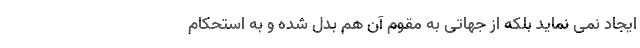
ایجاد نمی نماید بلکه از جهاتی به مقوّمِ آن هم بدل شده و به استحکام